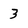
Character: 3